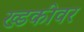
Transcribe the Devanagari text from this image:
ख्डकीवर